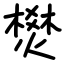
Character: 燓